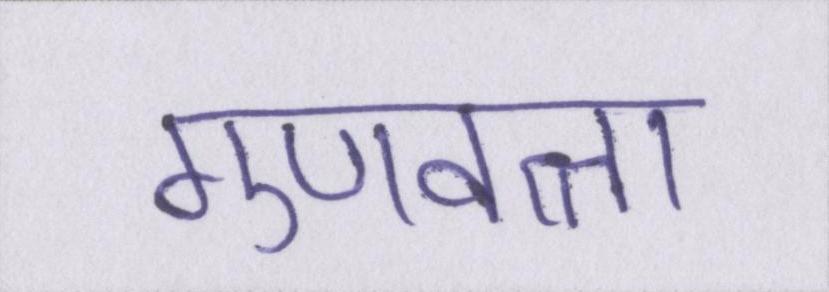
गुणवत्ता